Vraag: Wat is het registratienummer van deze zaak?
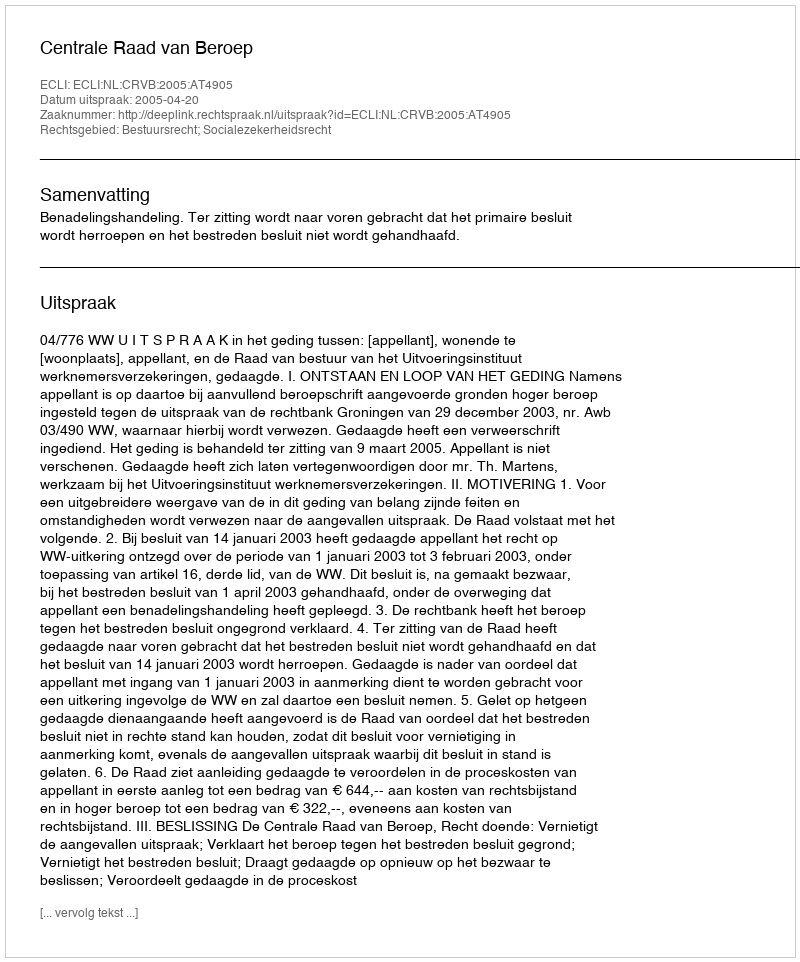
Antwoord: http://deeplink.rechtspraak.nl/uitspraak?id=ECLI:NL:CRVB:2005:AT4905